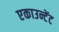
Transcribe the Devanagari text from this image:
एकाउन्टेंट